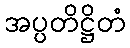
အပ္ပတိဋ္ဌိတံ